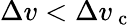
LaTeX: \Delta v<\Delta v_{\mathrm{~c~}}